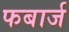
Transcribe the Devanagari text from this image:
फबार्ज